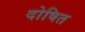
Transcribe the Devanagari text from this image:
दोषित